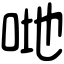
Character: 哋